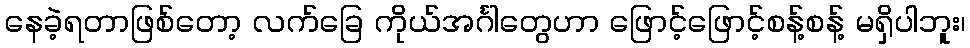
နေခဲ့ရတာဖြစ်တော့ လက်ခြေ ကိုယ်အင်္ဂါတွေဟာ ဖြောင့်ဖြောင့်စန့်စန့် မရှိပါဘူး၊